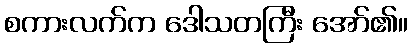
စကားလက်က ဒေါသတကြီး အော်၏။